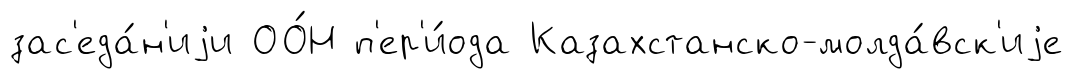
зас'еда́н'иjи ОО́Н п'ер'и́ода Казахстанско-молда́вск'иjе